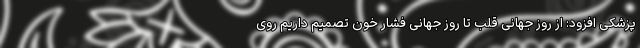
پزشکی افزود: از روز جهانی قلب تا روز جهانی فشار خون تصمیم داریم روی